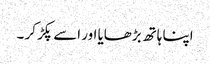
اپنا ہاتھ بڑھایا اور اسے پکڑ کر ۔